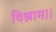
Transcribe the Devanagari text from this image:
विश्राम।।